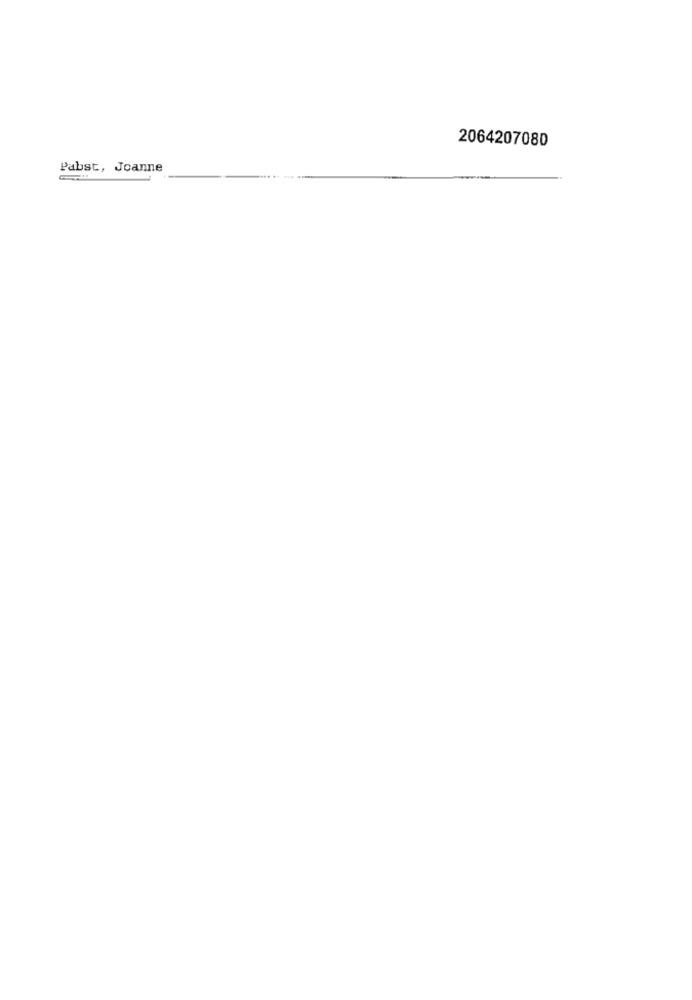
2064207080
Pabst, Joanne